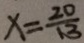
x = \frac { 2 0 } { 1 3 }